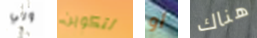
ولي لتكوين أو هناك